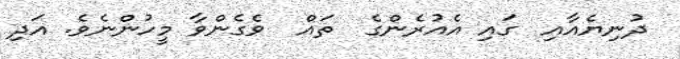
ދުނިޔެއާއި  ގައި އެއުރެންގެ  ތައް  ވެގެންވާ މީހުންނެވެ. އަދި